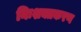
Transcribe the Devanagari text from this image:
निःशक्तकरण